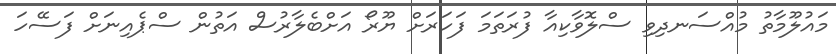
މައުލޫމާތު މުއްސަނދިވި ސްލޮވާކިއާ ފުރަތަމަ ފަހަރަށް ޔޫރޯ އަށްބެލާރުސް އަތުން ސްޕެއިނަށް ފަސޭހަ